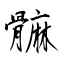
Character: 髍